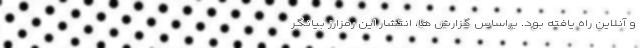
و آنلاین راه یافته بود. براساس گزارش ها، انتشار این رمزارز بیانگر